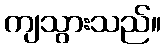
ကျသွားသည်။